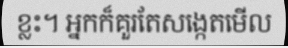
ខ្លះ។ អ្នកក៏គួរតែសង្កេតមើល